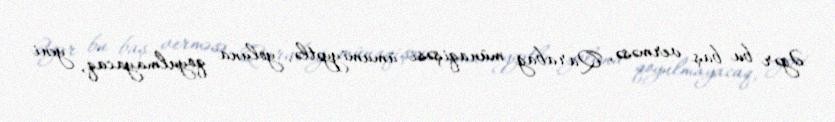
Əgər bu baş verməsə, Qarabağ münaqişəsi ümumiyyətlə, yoluna qoyulmayacaq, yeni